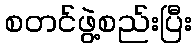
စတင်ဖွဲ့စည်းပြီး